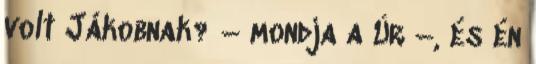
volt Jákobnak? – mondja a Úr –, és én